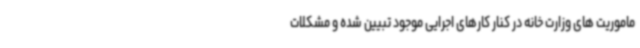
ماموریت ‌های وزارت خانه در کنار کارهای اجرایی موجود تبیین شده و مشکلات